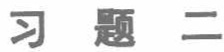
习题二